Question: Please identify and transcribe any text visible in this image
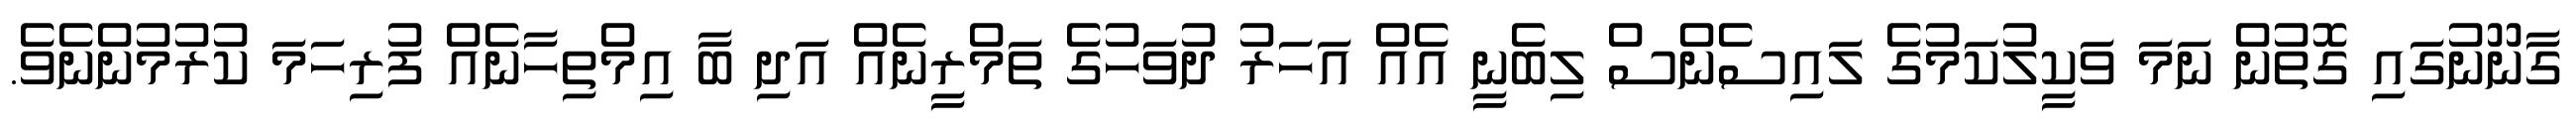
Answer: ގާނޫނުގައި ގޮތުން ނަމަ ވަކީލުކަމުގެ ލައިސެންސް ލިބެނީ އެއް އަހަރު ދުވަހުގެ ތަމްރީނެއް އަދި ބާ އިމްތިހާނެއް ފުރިހަމަ ކުރުމުންނެވެ.